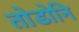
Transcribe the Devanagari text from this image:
तोडोनि